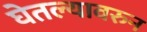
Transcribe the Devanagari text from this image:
घेतल्यावरुन